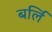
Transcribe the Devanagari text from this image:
बर्लि